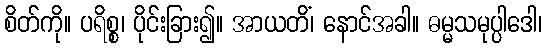
စိတ်ကို။ ပရိစ္စ၊ ပိုင်းခြား၍။ အာယတိံ၊ နောင်အခါ။ ဓမ္မသမုပ္ပါဒေါ၊